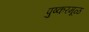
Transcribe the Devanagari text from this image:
पुष्करमूळ